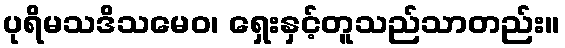
ပုရိမသဒိသမေဝ၊ ရှေးနှင့်တူသည်သာတည်း။